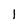
Character: l